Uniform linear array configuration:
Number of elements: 16
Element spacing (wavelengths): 0.5
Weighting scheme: blackman
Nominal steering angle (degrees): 60
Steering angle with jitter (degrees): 59.918
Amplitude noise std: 0.05
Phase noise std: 0.05

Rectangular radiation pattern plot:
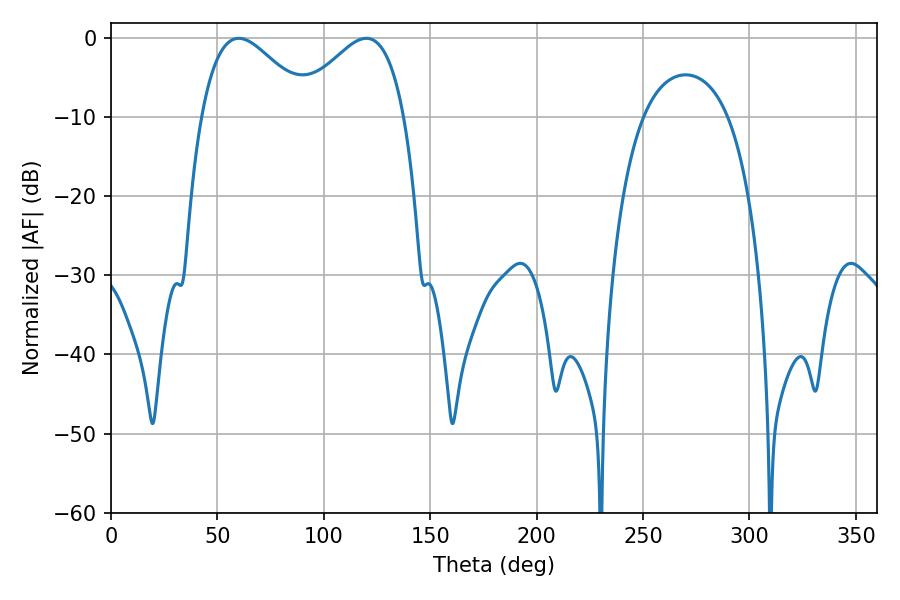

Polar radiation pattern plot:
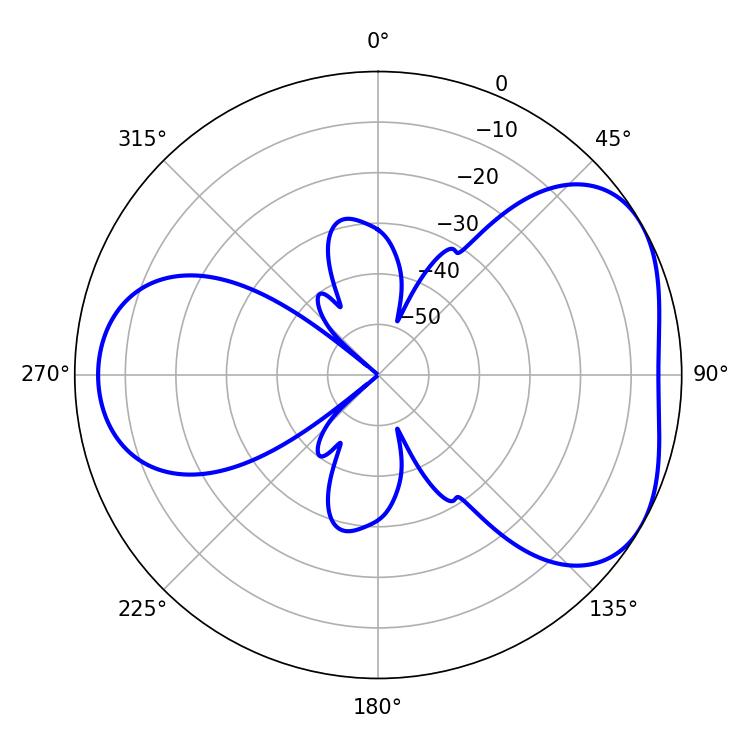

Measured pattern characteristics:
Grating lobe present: FALSE
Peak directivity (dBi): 4.424
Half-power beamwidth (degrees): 27.54
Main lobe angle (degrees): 59.94